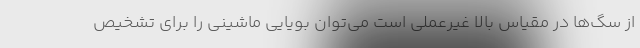
از سگ‌ها در مقیاس بالا غیرعملی است می‌توان بویایی ماشینی را برای تشخیص